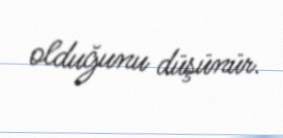
olduğunu düşünür.